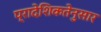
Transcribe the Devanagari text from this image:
प्रादेशिकतेनुसार